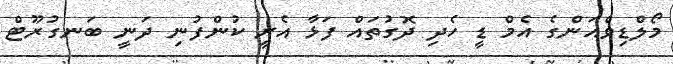
މޯލްޑިވްއަންގެ އެމް ޑީ ހެދި ދޮގުތައް ފަޅާ އެރީ ކުންފުނި ދަނީ ބަނގުރޫޓް